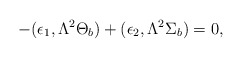
\begin{align*}-(\epsilon_{1},\Lambda^{2}\Theta_{b})+(\epsilon_{2},\Lambda^{2}\Sigma_{b})=0,\end{align*}